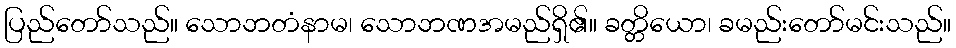
ပြည်တော်သည်။ သောဘတံနာမ၊ သောဘဏအမည်ရှိ၏။ ခတ္တိယော၊ ခမည်းတော်မင်းသည်။